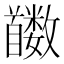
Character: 𬳛